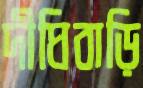
দীঘিবাড়ি